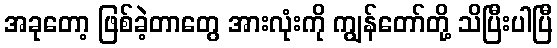
အခုတော့ ဖြစ်ခဲ့တာတွေ အားလုံးကို ကျွန်တော်တို့ သိပြီးပါပြီ